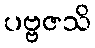
ပဗ္ဗဇသိ